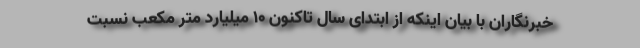
خبرنگاران با بیان اینکه از ابتدای سال تاکنون 10 میلیارد متر مکعب نسبت